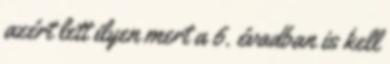
azért lett ilyen mert a 6. évadban is kell